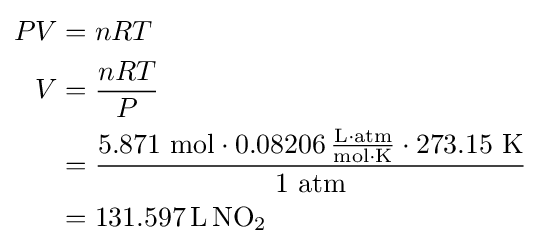
{\begin{aligned}PV&=nRT\\V&={\frac {nRT}{P}}\\&={\frac {5.871{\text{ mol}}\cdot 0.08206\,{\frac {\mathrm {L\cdot atm} }{\mathrm {mol\cdot K} }}\cdot 273.15{\text{ K}}}{1{\text{ atm}}}}\\&=131.597\,\mathrm {L\,NO_{2}} \end{aligned}}